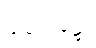
ဝါသေဋ္ဌော